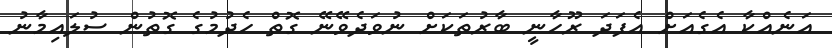
އަނެއްކާ އެގެއަށް އެފަދަ ރޫހާނީ ބާރުތަކަށް ނުވަދެވޭނޭ ގޮތް ހެދުމުގެ ގޮތުން ސުލައިމާނު